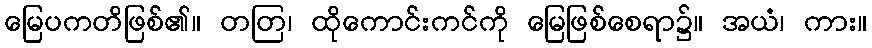
မြေပကတိဖြစ်၏။ တတြ၊ ထိုကောင်းကင်ကို မြေဖြစ်စေရာ၌။ အယံ၊ ကား။